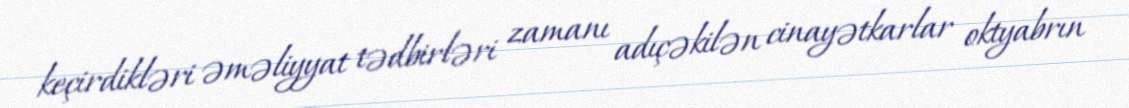
keçirdikləri əməliyyat tədbirləri zamanı adıçəkilən cinayətkarlar oktyabrın